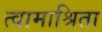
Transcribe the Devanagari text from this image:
त्वामाश्रिता